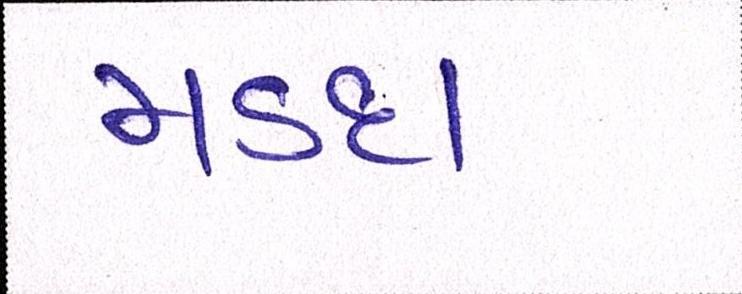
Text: મડદા